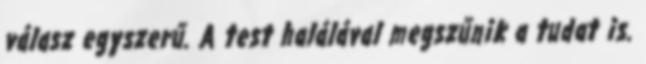
válasz egyszerű. A test halálával megszűnik a tudat is.